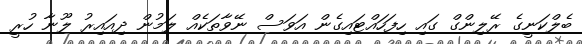
ބެލްކަނީގެ ރޭލިންގް ގައި ހިފަހައްޓައިގެން އަވަސް ނޭވާތަކެއް ލަމުން ދިއައިރު ލޫނާ ހުރީ